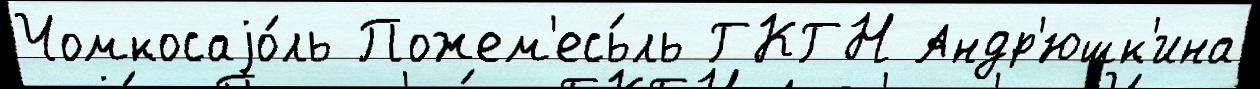
Чомкосаjо́ль Пожем'есь́ль ГКГН Андр'юшк'ина